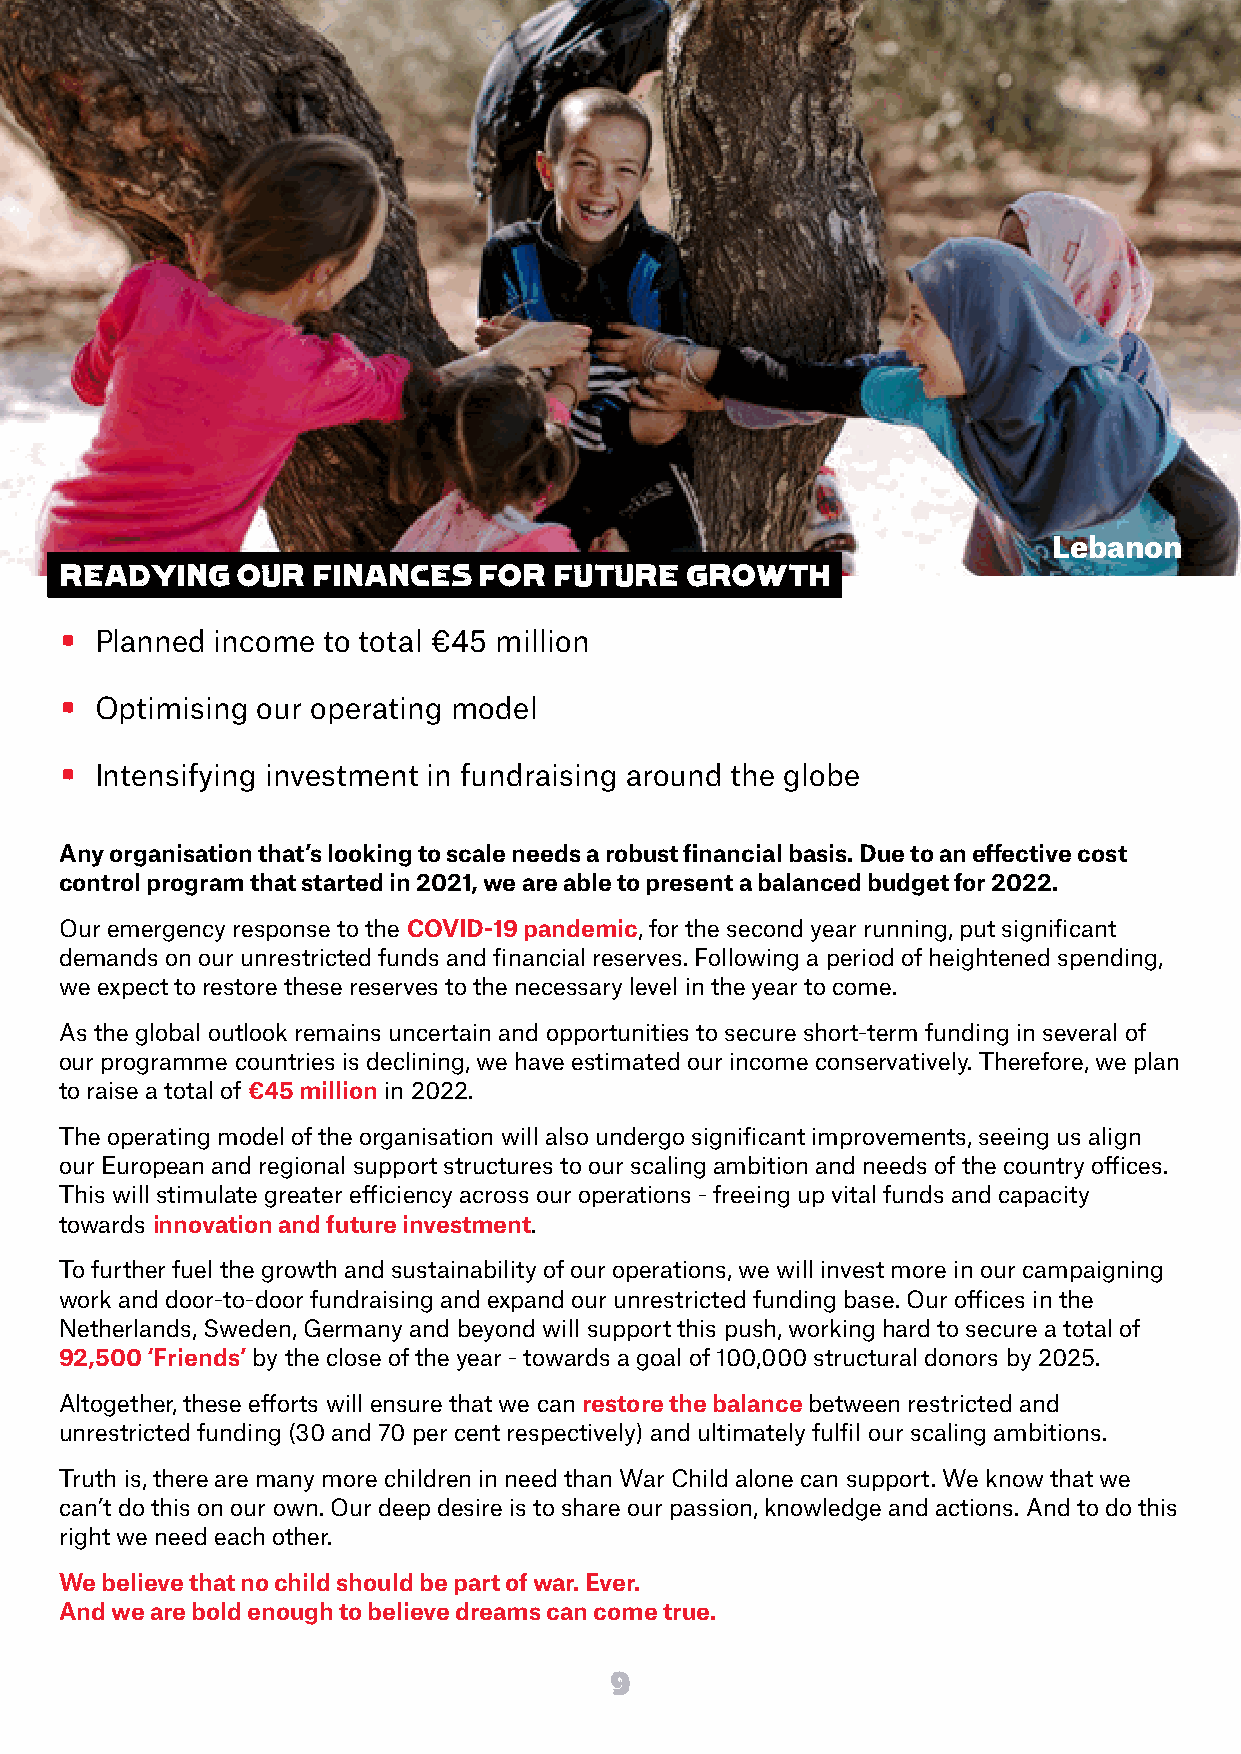
Lebanon
 READYING    OUR  FINANCES   FOR  FUTURE  GROWTH
 • Planned income to total €45 million
 • Optimising our operating model
 • Intensifying investment in fundraising around the globe
 Any organisation that’s looking to scale needs a robust financial basis. Due to an effective cost
 control program that started in 2021, we are able to present a balanced budget for 2022.
 Our emergency response to the COVID-19 pandemic, for the second year running, put significant
 demands on our unrestricted funds and financial reserves. Following a period of heightened spending,
 we expect to restore these reserves to the necessary level in the year to come.
 As the global outlook remains uncertain and opportunities to secure short-term funding in several of
 our programme countries is declining, we have estimated our income conservatively. Therefore, we plan
 to raise a total of €45 million in 2022.
 The operating model of the organisation will also undergo significant improvements, seeing us align
 our European and regional support structures to our scaling ambition and needs of the country offices.
 This will stimulate greater efficiency across our operations - freeing up vital funds and capacity
 towards innovation and future investment.
 To further fuel the growth and sustainability of our operations, we will invest more in our campaigning
 work and door-to-door fundraising and expand our unrestricted funding base. Our offices in the
 Netherlands, Sweden, Germany and beyond will support this push, working hard to secure a total of
 92,500 ‘Friends’ by the close of the year - towards a goal of 100,000 structural donors by 2025.
 Altogether, these efforts will ensure that we can restore the balance between restricted and
 unrestricted funding (30 and 70 per cent respectively) and ultimately fulfil our scaling ambitions.
 Truth is, there are many more children in need than War Child alone can support. We know that we
 can’t do this on our own. Our deep desire is to share our passion, knowledge and actions. And to do this
 right we need each other.
 We believe that no child should be part of war. Ever.
 And we are bold enough to believe dreams can come true.
 9